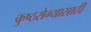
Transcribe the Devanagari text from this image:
कुष्ठरोग्यासाठी